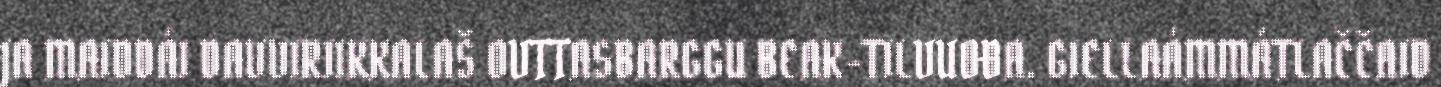
JA MAIDDÁI DAVVIRIIKKALAŠ OVTTASBARGGU BEAK-TILVUOĐA. GIELLAÁMMÁTLAČČAID